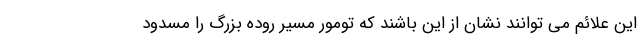
این علائم می توانند نشان از این باشند که تومور مسیر روده بزرگ را مسدود